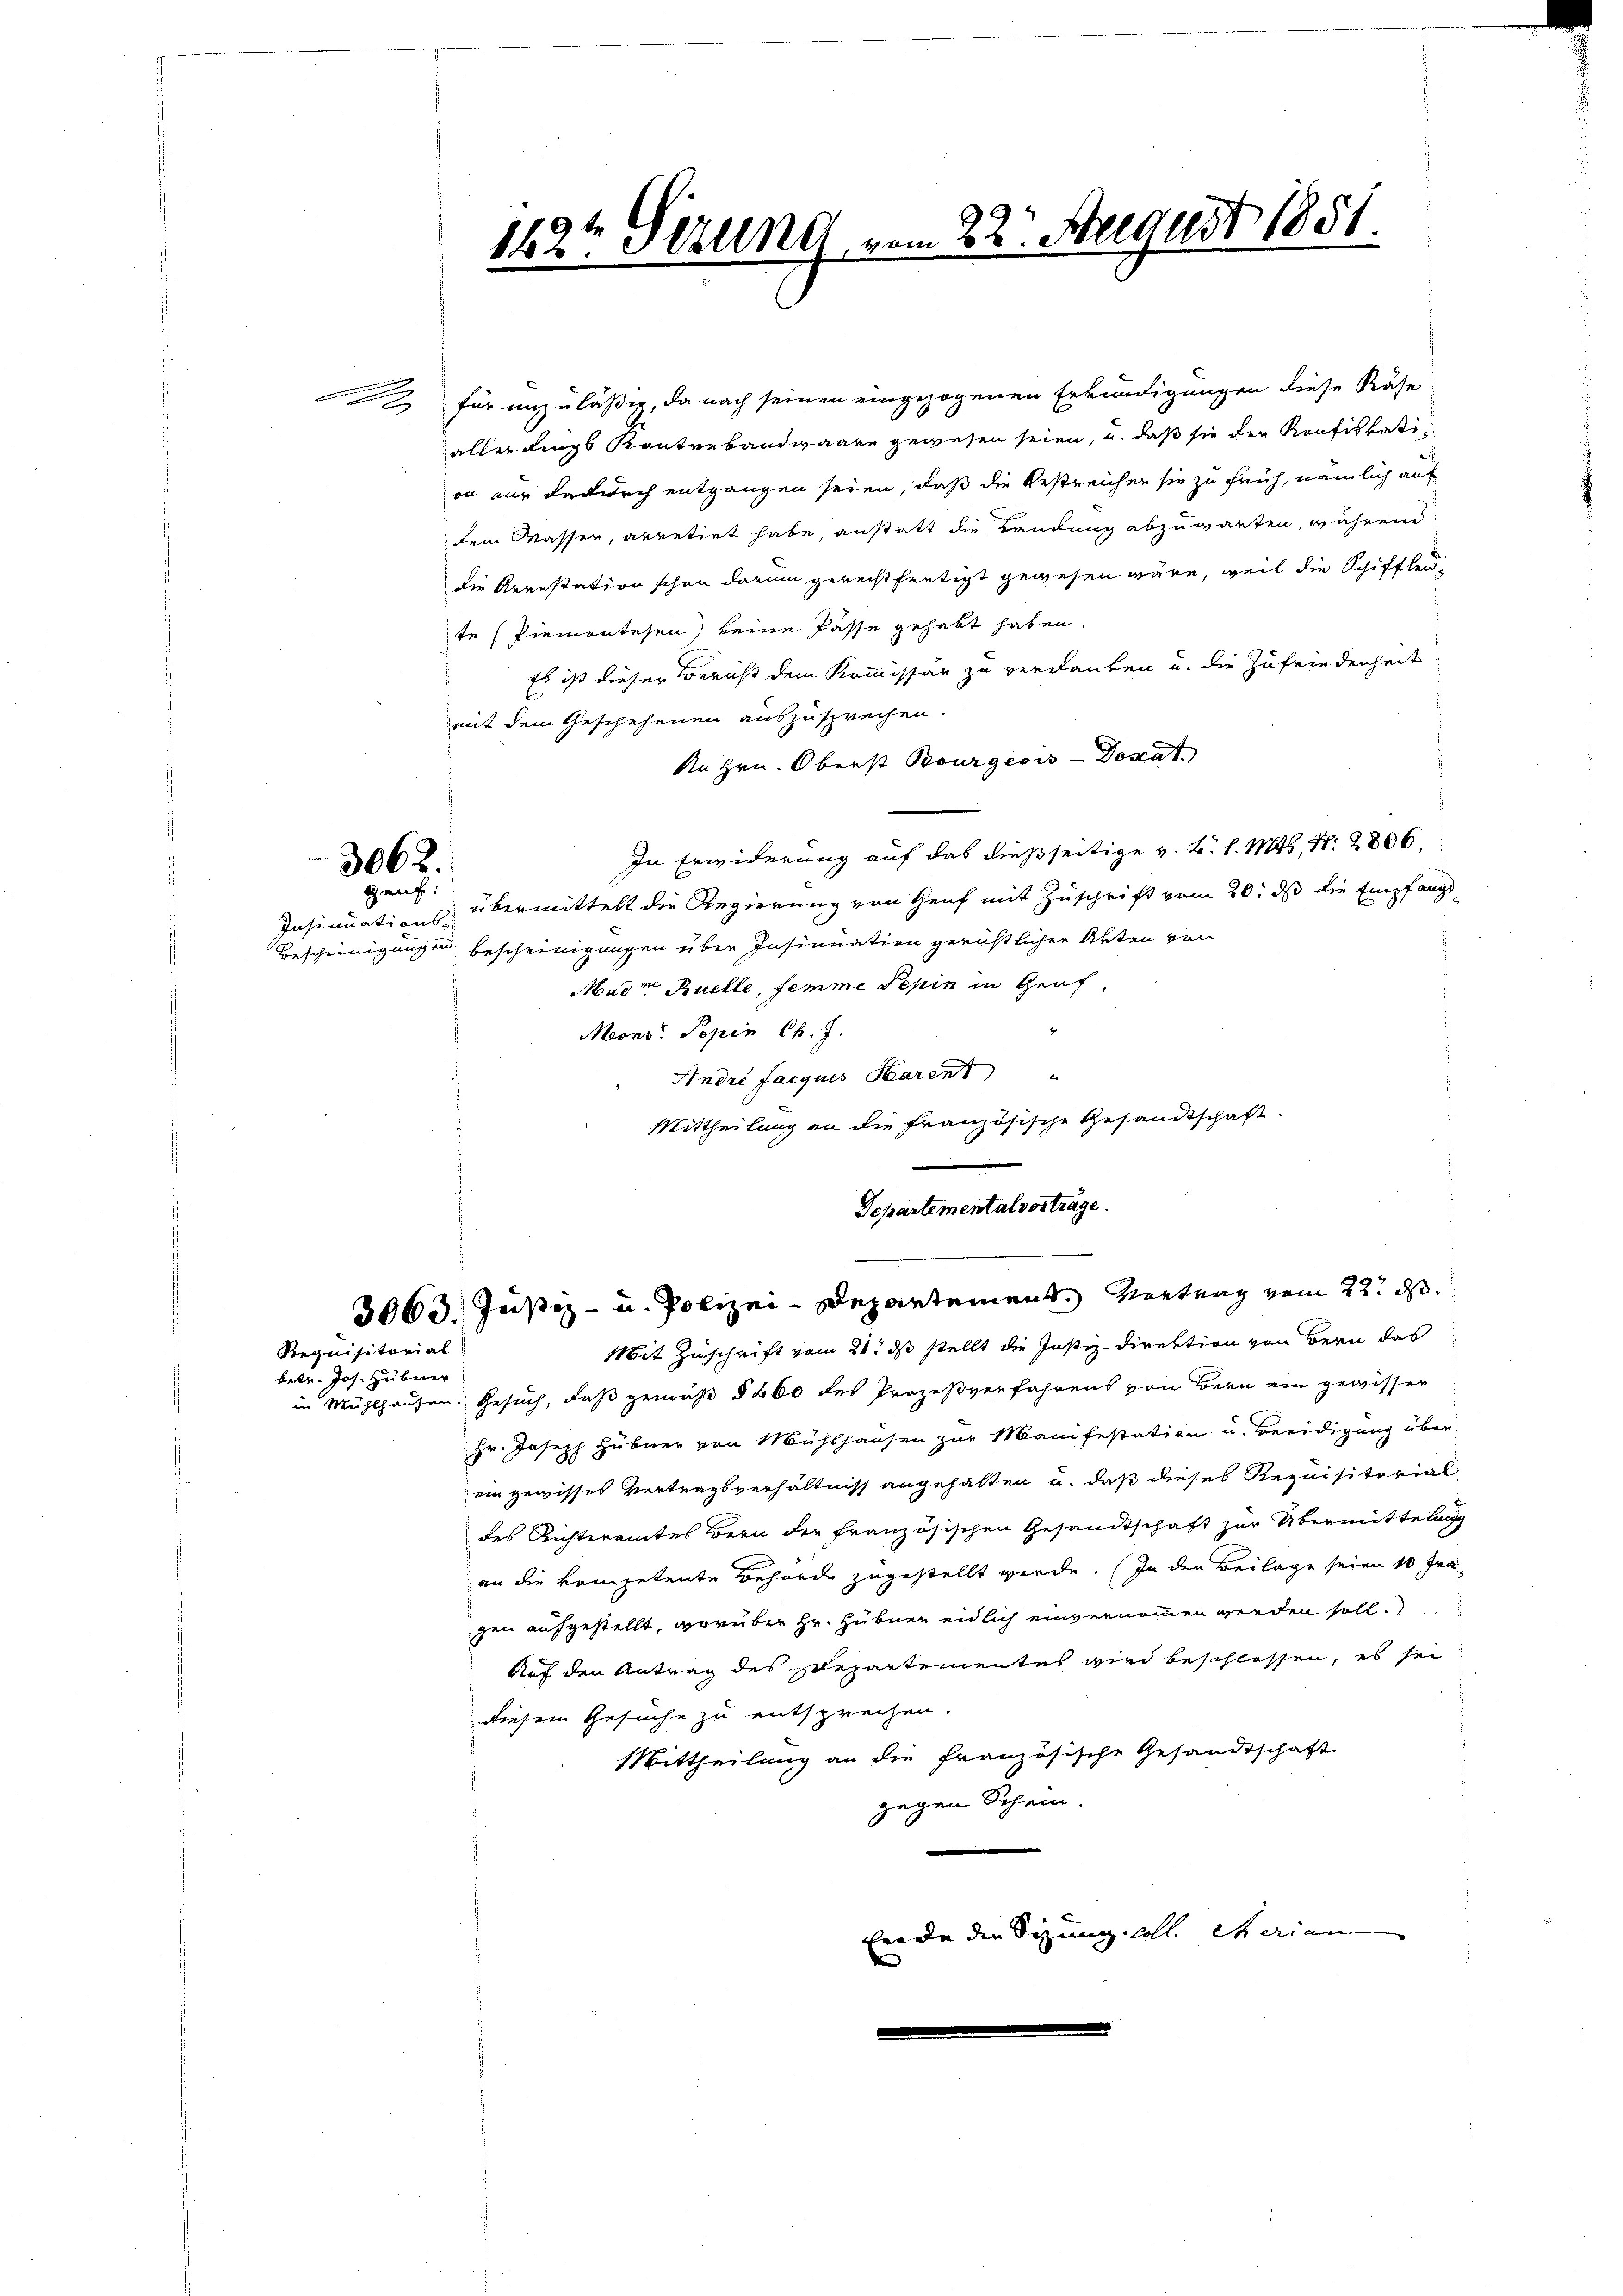
2, für unzuläßig, da nach seinen eingezogenen Erkundigungen diese Käse
allerdings Kontrebandwaare gewesen seien, u. daß sie der Krafiskati
on nur dadurch entgangen seien, daß die Bestreichen sie zu früh, nämlich auf
dem Wasser, arretirt habe, anstatt die Landung abzuwarten, während
die Arrestation schon darum gerechtfertigt gewesen wäre, weil die Schiffleide
te (Piemontesen keine Pässe gehabt haben.
Es ist dieser Bericht dem Kommissär zu verdanken u. die Zufriedenheit
mit dem Geschehenen auszusprechen.
An Hrn. Oberst Bourgeois Donat
In Erwiderung auf das dießseitige v. B. l. Mts. N. 2806,
Insinuations- übermittelt die Regierung von Genf mit Zuschrift vom 20. ds die Empfangs-
Bescheinigungen bescheinigungen über Insinuation gerichtlicher Akten von
Madm Ruelle, femme Pepin in Graf,
Mons: Popin C. J.
Andre facques Harent
Mittheilung an die französische Gesandtschaft.
Departemental vortrage.
3063. Justiz- u. Polizei-Departement. Vertrag vom 22. ds.
Mit Zuschrift vom 21. ds stellt die Justiz-Direktion von Bern das
Requisitorial
betr. Jos. Hübner
in Mühlhausen. Gesuch, daß gemäß § 460 des Prozeßverfahrens von Bern ein gewisser
Hr. Joseph Hübner von Mühlhausen zur Manifestation u. Beeidigung über-
ein gewisses Vertragsverhältniss angehalten u. daß dieses Requisitorialdes Richteramtes Bern der französischen Gesandtschaft zur Übermittelung
an die kompetente Behörde zugestellt werde. In den Beilage seien 10 Fra-
gen aufgestellt, worüber Hr. Hübner eidlich einvernommen werden soll.
Auf den Antrag des Departementes wird beschlossen, es sei
diesem Gesuche zu entsprechen.
Mittheilung an die französische Gesandtschaft
gegen Schein.
werde die Sitzung all. Marien
den

3062.
Graf

162t verung vom 22. August 1851.